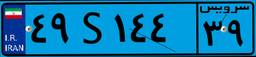
۴۹S۱۴۴۳۹